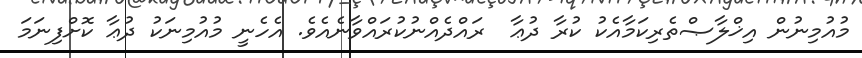
މުއުމިނުން އިޚްލާޞްތެރިކަމާއެކު ކުރާ ދުޢާ  ރައްދެއްނުކުރައްވާނެއެވެ. އެހެނީ މުއުމިނަކު ދުޢާ ކޮށްފިނަމަ